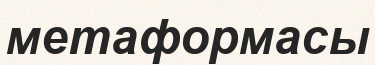
метаформасы